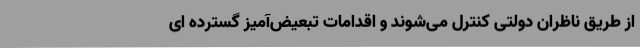
از طریق ناظران دولتی کنترل می‌شوند و اقدامات تبعیض‌آمیز گسترده ای